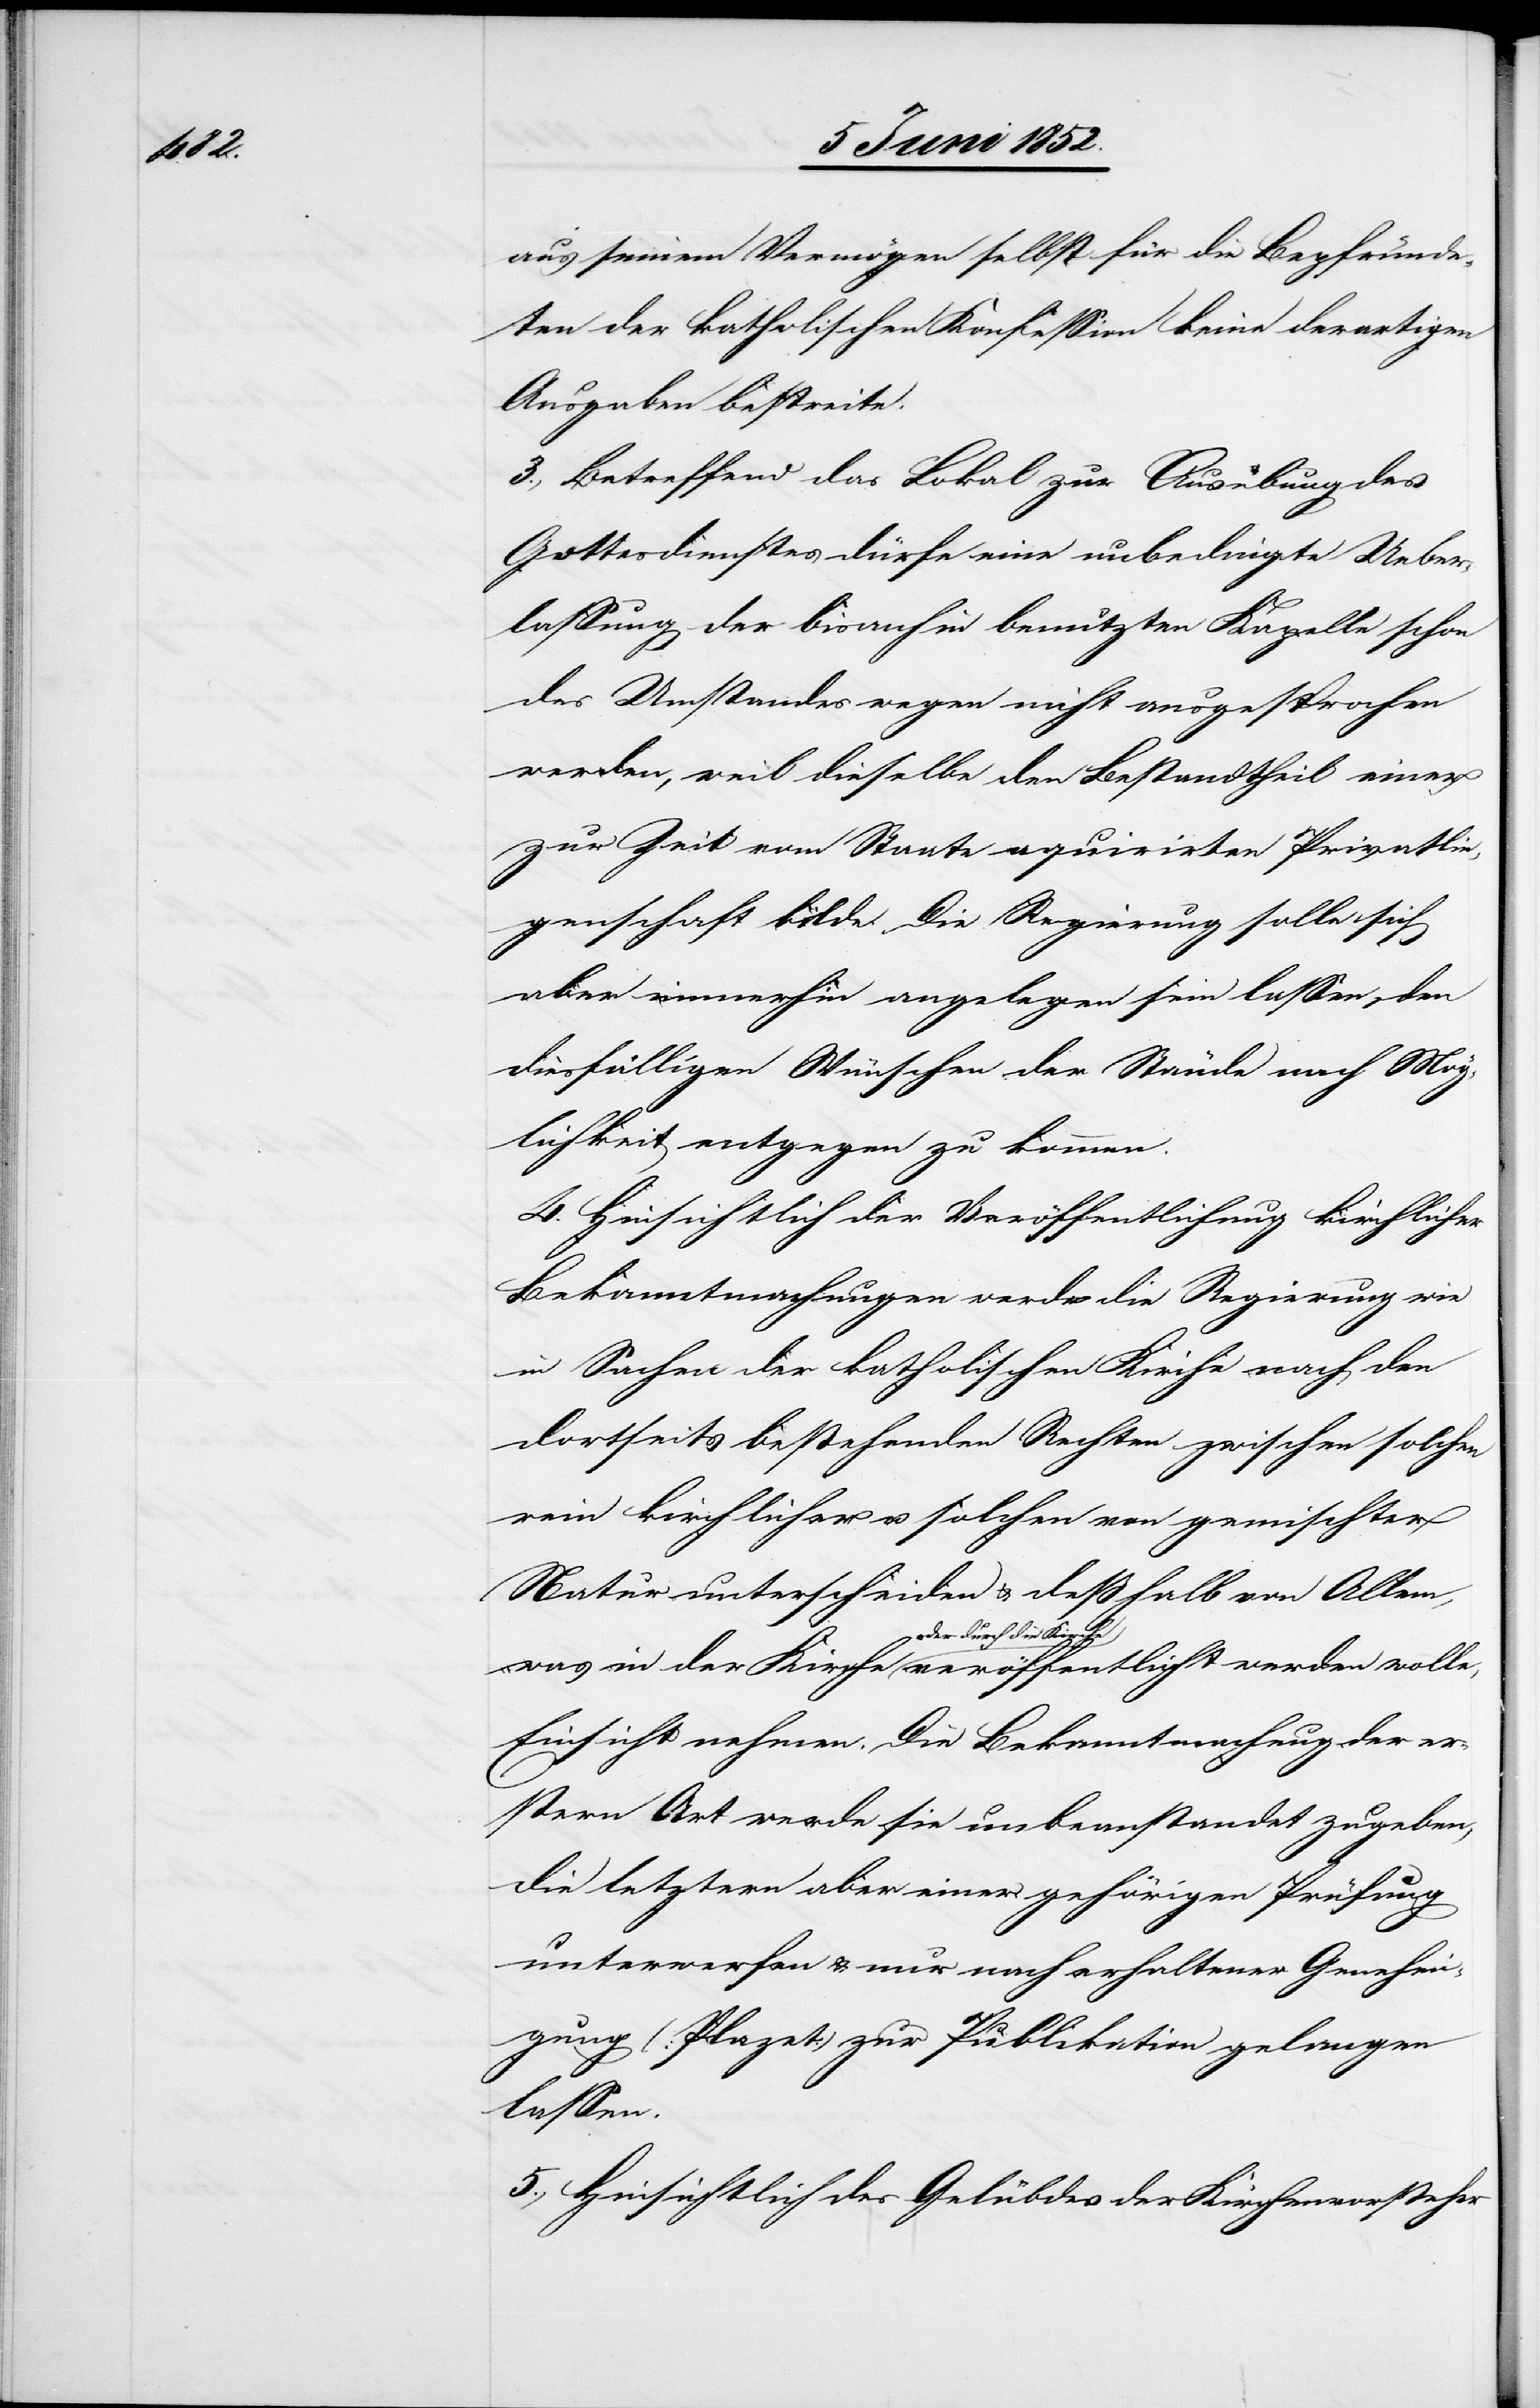
aus seinem Vermögen selbst für die Bepfründe¬
ten der katholischen Konfession keine derartigen
Ausgaben bestreite.
3., Betreffend das Lokal zur Ausübung des
Gottesdienstes dürfe eine unbedingte Ueber¬
lassung der bisanhin benutzten Kapelle schon
des Umstandes wegen nicht ausgesprochen
werden, weil dieselbe den Bestandtheil einer
zur Zeit vom Staate aquirirten Privatlie¬
genschaft bilde. Die Regierung solle sich
aber immerhin angelegen sein lassen, den
diesfälligen Wünschen der Stände nach Mög¬
lichkeit entgegen zu kommen.
4. Hinsichtlich der Veröffentlichung kirchlicher
Bekanntmachungen werde die Regierung wie
in Sachen der katholischen Kirche nach den
dortseits bestehenden Rechten zwischen solchen
rein kirchlicher u. solchen von gemischter
Natur unterscheiden & deßhalb von Allem,
oder durch die Kirche
Einsicht nehmen. Die Bekanntmachung der er¬
stern Art werde sie unbeanstandet zugeben,
die letztern aber einer gehörigen Prüfung
unterwerfen & nur nach erhaltener Genehmi¬
gung (Plazet) zur Publikation gelangen
lassen.
5., Hinsichtlich des Gelübdes der Kirchenvorsteher